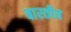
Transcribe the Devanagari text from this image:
बारतीय